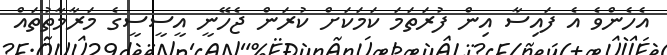
އެހެންވެ އެ ފައިސާ އިން ފުރަތަމަ ކަމަކަށް ކުރަން ޖެހޭނީ އީސީސީގެ މަރާމާތުތައް